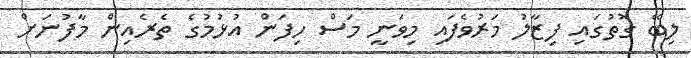
ލިބޭ ގޮތުގައި ފިޒާލު މަރުވެފައި މިވަނީ މަސް ހިފަން އުޅުމުގެ ތެރެއިން މާފުނަށް